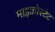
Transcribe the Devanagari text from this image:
माइक्रोस्टेट